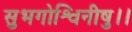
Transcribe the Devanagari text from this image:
सुभगोश्विनीषु।।